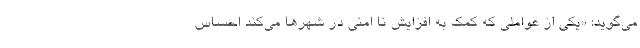
می‌گوید: «یکی از عواملی که کمک به افزایش نا امنی در شهرها می‌کند احساس